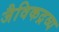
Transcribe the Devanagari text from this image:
जैविकद्रव्य